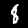
Digit: 8